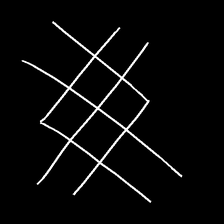
Glyph: crystal